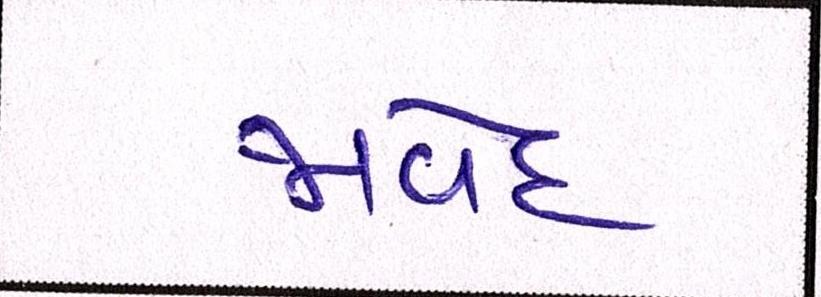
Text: જાવેદ